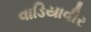
વાડિયાવીર